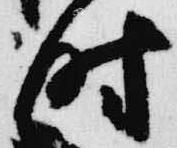
時